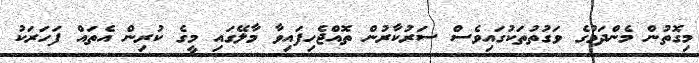
މިގޮތުން މެންދަމުގެ ވަގުތުތަކުގައިވެސް ސަރުކާރުން ތޮއްޖެހިފައިވާ މާލޭގައި މީގެ ކުރިން އެތައް ފަހަރަކު